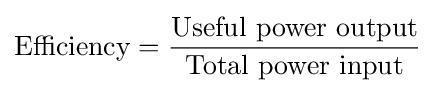
\mathrm {Efficiency} ={\frac {\mathrm {Useful\ power\ output} }{\mathrm {Total\ power\ input} }}